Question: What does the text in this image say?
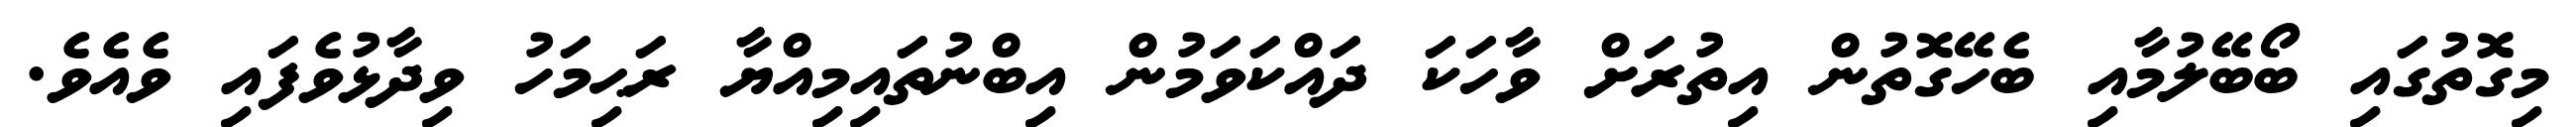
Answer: މިގޮތުގައި ބޯބޭލުމާއި ބެހޭގޮތުން އިތުރަށް ވާހަކަ ދައްކަވަމުން އިބްނުތައިމިއްޔާ ރަޙިމަހު ވިދާޅުވެފައި ވެއެވެ.